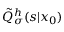
\tilde { Q } _ { \sigma } ^ { h } ( s | x _ { 0 } )